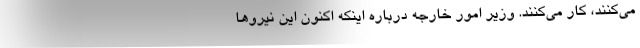
می‌کنند، کار می‌کنند. وزیر امور خارجه درباره اینکه اکنون این نیروها